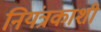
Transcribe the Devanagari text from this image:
नियंत्रकाशी